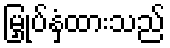
မြှုပ်နှံထားသည်